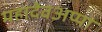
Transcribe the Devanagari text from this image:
महादेवअप्पा